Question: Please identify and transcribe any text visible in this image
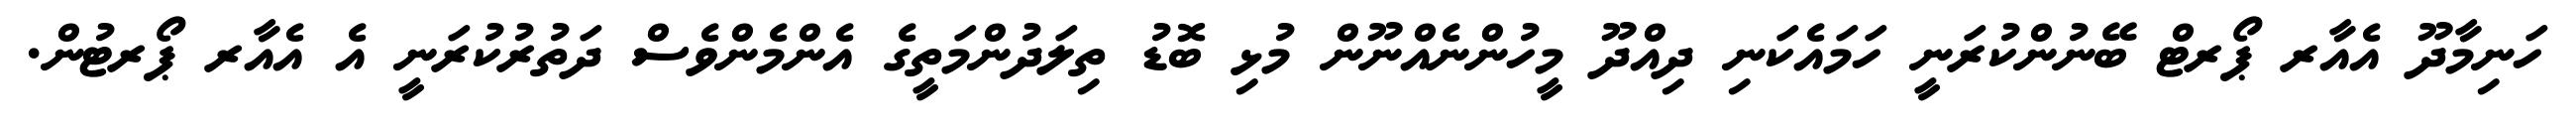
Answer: ހަނިމާދޫ އެއާރ ޕޯރޓް ބޭނުންކުރަނީ ހަމައެކަނި ދިއްދޫ މީހުންނެއްނޫން މުޅި ބޮޑު ތިލަދުންމަތީގެ އެންމެންވެސް ދަތުރުކުރަނީ އެ އެއާރ ޕޯރޓުން.